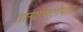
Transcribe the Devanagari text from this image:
ताऱ्यांपाठोपाठ